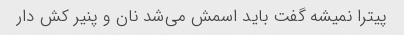
پیترا نمیشه گفت باید اسمش می‌شد نان و پنیر کش دار